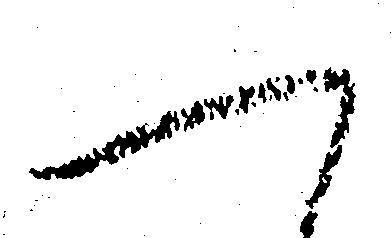
へ